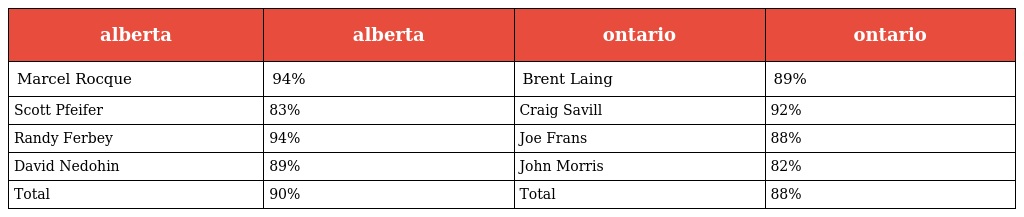
| alberta | alberta | ontario | ontario |
 | --- | --- | --- | --- |
 | Marcel Rocque | 94% | Brent Laing | 89% |
 | Scott Pfeifer | 83% | Craig Savill | 92% |
 | Randy Ferbey | 94% | Joe Frans | 88% |
 | David Nedohin | 89% | John Morris | 82% |
 | Total | 90% | Total | 88% |